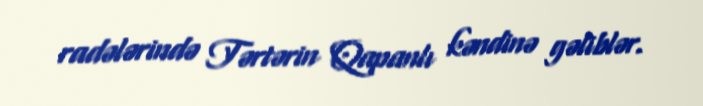
radələrində Tərtərin Qapanlı kəndinə gəliblər.